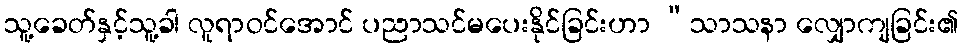
သူ့ခေတ်နှင့်သူ့ခါ လူရာဝင်အောင် ပညာသင်မပေးနိုင်ခြင်းဟာ “သာသနာ လျှောကျခြင်း၏